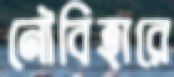
নৌবিহারে